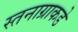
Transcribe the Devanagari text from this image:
स्तनाग्राकडे